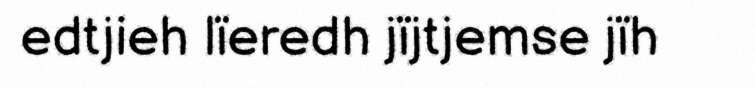
edtjieh lïeredh jïjtjemse jïh